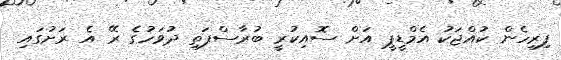
ފިރިހެން ކުއްޖަކު އެމްޑީޕީ އަށް ސޮއިކުރީ ބުރާސްފަތި ދުވަހުގެ ރޭ އެ ރަށުގައި